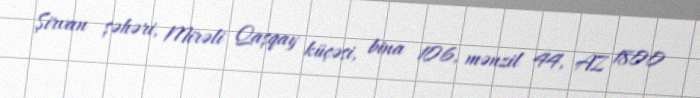
Şirvan şəhəri, Mirəli Qaşqay küçəsi, bina 106, mənzil 44, AZ 1800